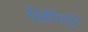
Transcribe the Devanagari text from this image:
लिपितून